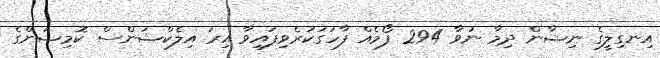
އިނގިލީގެ ނިޝާން ދިމާ ނުވާ 294 ފޯމެއް ފާހަގަކުރެވިފައިވާ އިރު އިލެކްޝަންސް ކޮމިޝަންގެ